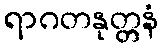
ရာဂတနုတ္တနံ